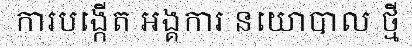
ការបង្កើត អង្គការ នយោបាល ថ្មី